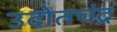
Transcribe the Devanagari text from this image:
उदोतचंद्र